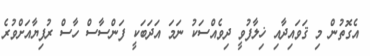
އެގޮތުން މި ޤަވައިދާއި ޚިލާފުވީ ދިވެއްސަކު ނަމަ އަދަބަކީ ފަންސާސް ހާސް ރުފިޔާއަށްވުރެ